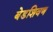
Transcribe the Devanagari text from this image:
बेडशिवण